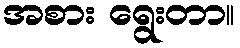
အစား ရွေးတာ။